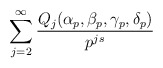
\begin{align*}\sum_{j=2}^{\infty} \frac{Q_j (\alpha_p, \beta_p,\gamma_p,\delta_p)}{ p^{js}}\end{align*}